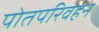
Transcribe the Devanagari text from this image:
पोतपरिवहन